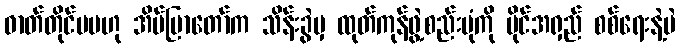
ဓာတ်တိုင်မမဟု အိမ်ပြာတော်က သိန်းခွဲမှ ထုတ်ကုန်ဖွဲ့စည်းပုံကို မိုင်အရှည် စစ်ရေးနဲ့ပဲ